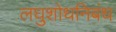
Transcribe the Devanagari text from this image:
लघुशोधनिबंध